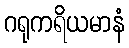
ဂရုကရိယမာနံ